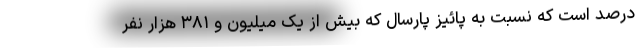
درصد است که نسبت به پائیز پارسال که بیش از یک میلیون و ۳۸۱ هزار نفر